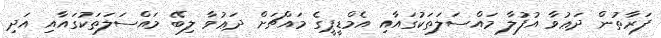
ފަރާތުން ދަޢުވާ އުފުލާ މައްސަލަތަކުގައާއި އެމްޑީޕީގެ މައްޗަށް ދަޢުވާ ލިބޭ މައްސަލަތަކުގައާއި އަދި